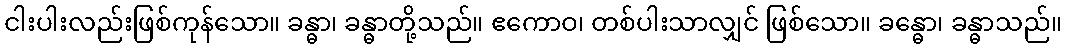
ငါးပါးလည်းဖြစ်ကုန်သော။ ခန္ဓာ၊ ခန္ဓာတို့သည်။ ဧကောဝ၊ တစ်ပါးသာလျှင် ဖြစ်သော။ ခန္ဓော၊ ခန္ဓာသည်။